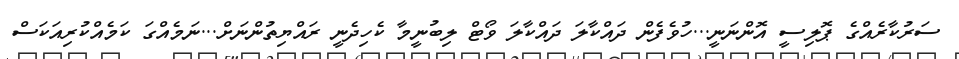
ސަރުކާރެއްގެ ޕޮލިސީ އޮންނަނީ...ހުވެފެން ދައްކާލަ ދައްކާލަ ވޯޓް ލިބުނީމާ ކެހިދެނީ ރައްޔިތުންނަށް...ނަމެއްގަ ކަމެއްކުރިއަކަސް